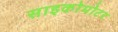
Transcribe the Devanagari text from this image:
साइकोमोटर